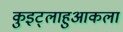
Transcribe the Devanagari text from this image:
कुइट्लाहुआकला